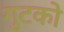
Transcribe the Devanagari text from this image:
गुटको